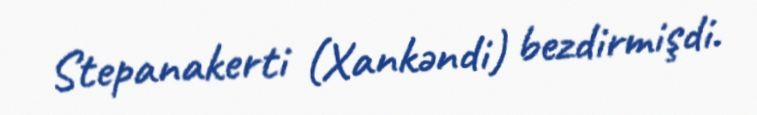
Stepanakerti (Xankəndi) bezdirmişdi.